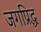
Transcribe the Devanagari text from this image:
जगप्रिद्ध